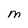
Character: M